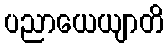
ပညာယေယျာတိ